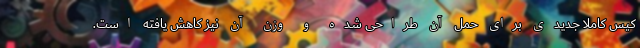
کیس کاملا جدیدی برای حمل آن طراحی شده و وزن آن نیز کاهش یافته است.